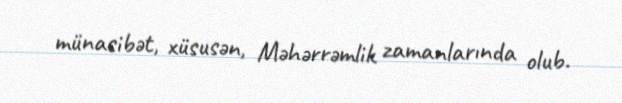
münasibət, xüsusən, Məhərrəmlik zamanlarında olub.